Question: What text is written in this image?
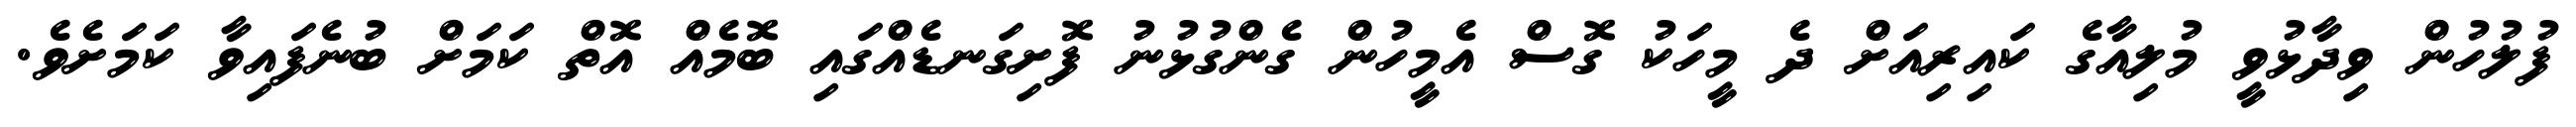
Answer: ފުލުހުން ވިދާޅުވީ މުލިއާގެ ކައިރިއަށް ދެ މީހަކު ގޮސް އެމީހުން ގެންގުޅުނު ފޮށިގަނޑެއްގައި ބޮމެއް އޮތް ކަމަށް ބުނެފައިވާ ކަމަށެވެ.